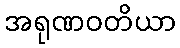
အရုဏဝတိယာ